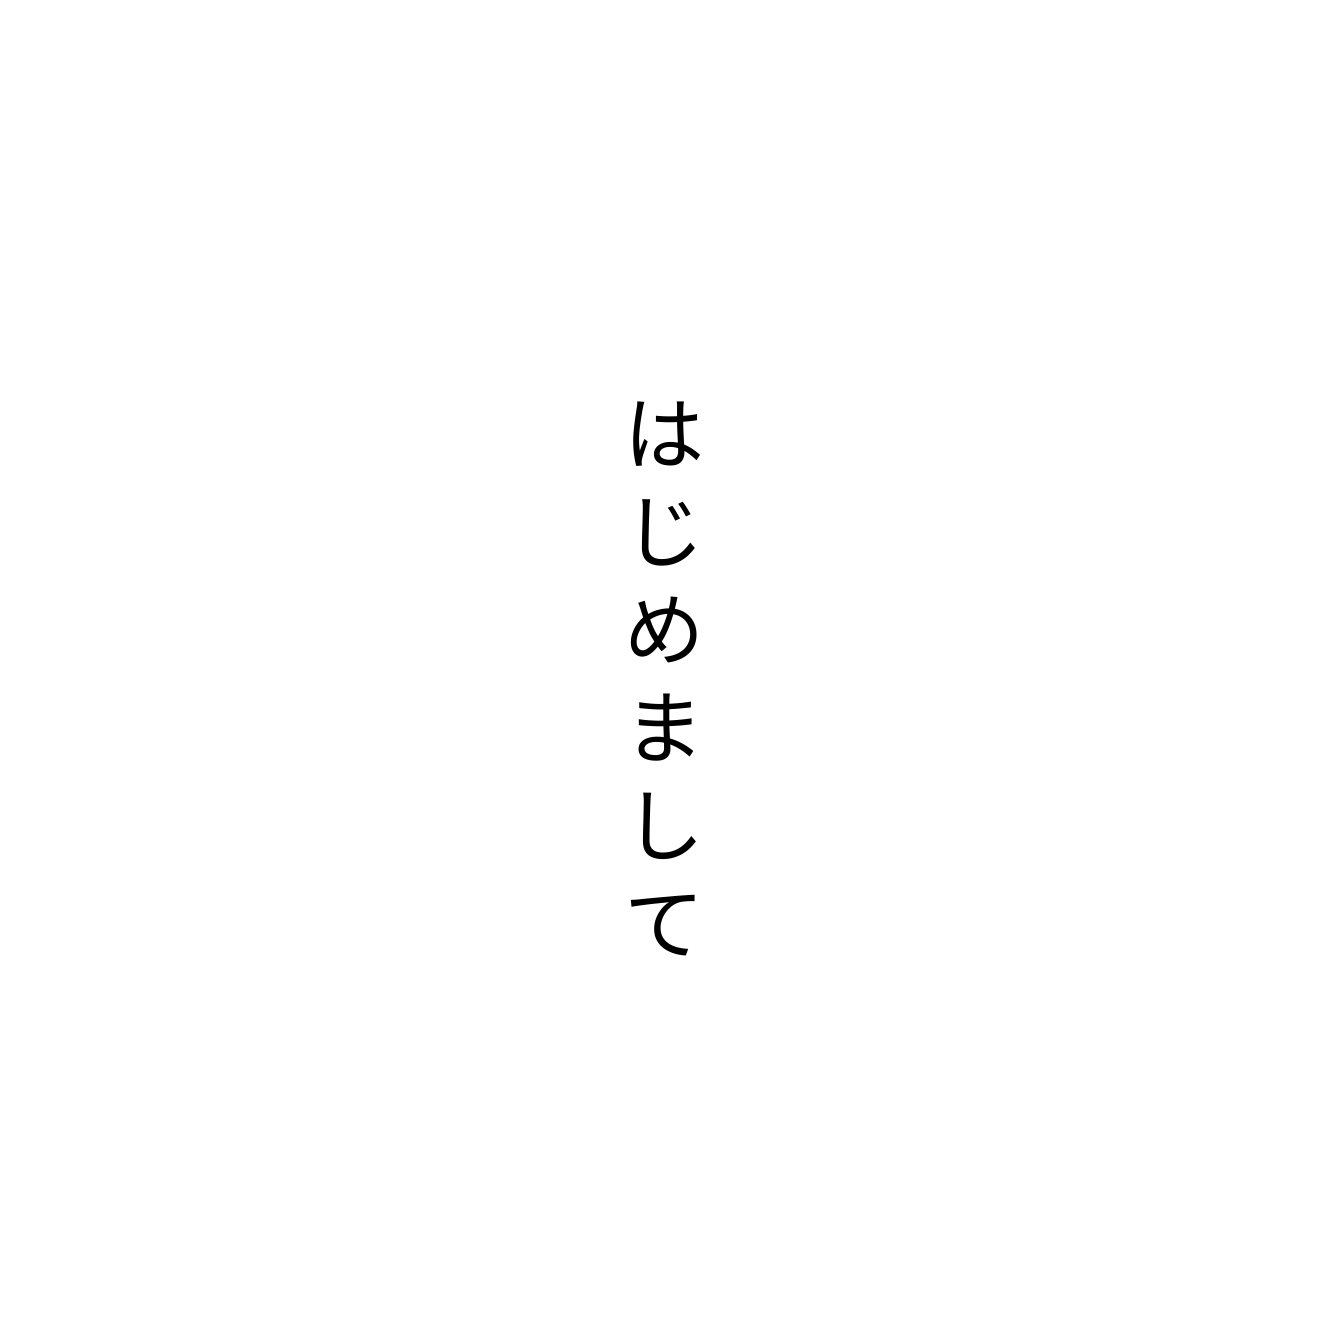
はじめまして